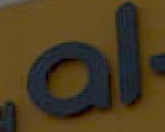
al